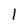
Character: 1